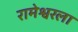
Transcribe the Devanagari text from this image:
रामेश्वरला